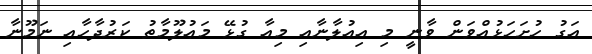
އަގު ހުށަހަޅުއްވަން ވާނީ މި އިޢުލާނާއި މިއާ ގުޅޭ މަޢުލޫމާތު ކަރުދާހާއި ނަމޫނާ